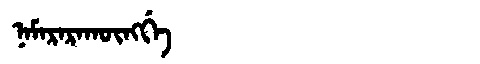
Manchu: ᠨᠠᠮᠠᡵᠠᡵᠠᡴᡡᠩᡤᡝ
Romanization: NAMARARAKŪNGGE